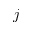
j